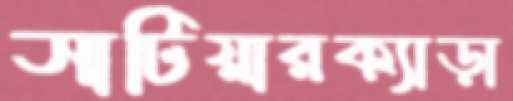
সাটিয়ারক্যাড়া